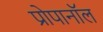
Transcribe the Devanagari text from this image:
प्रोपानॉल